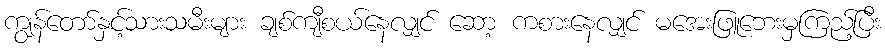
ကျွန်တော်နှင့်သားသမီးများ ချစ်ကျီစယ်နေလျှင် ဆော့ ကစားနေလျှင် မအေးဖြူဘေးမှကြည့်ပြီး